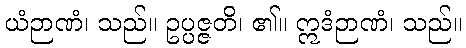
ယံဉာဏံ၊ သည်။ ဥပ္ပဇ္ဇတိ၊ ၏။ ဣဒံဉာဏံ၊ သည်။